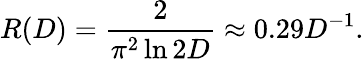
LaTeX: R(D)={\frac{2}{\pi^{2}\ln 2D}}\approx 0.29D^{-1}.